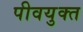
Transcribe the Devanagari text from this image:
पीवयुक्त